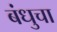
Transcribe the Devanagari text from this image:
बंधुचा